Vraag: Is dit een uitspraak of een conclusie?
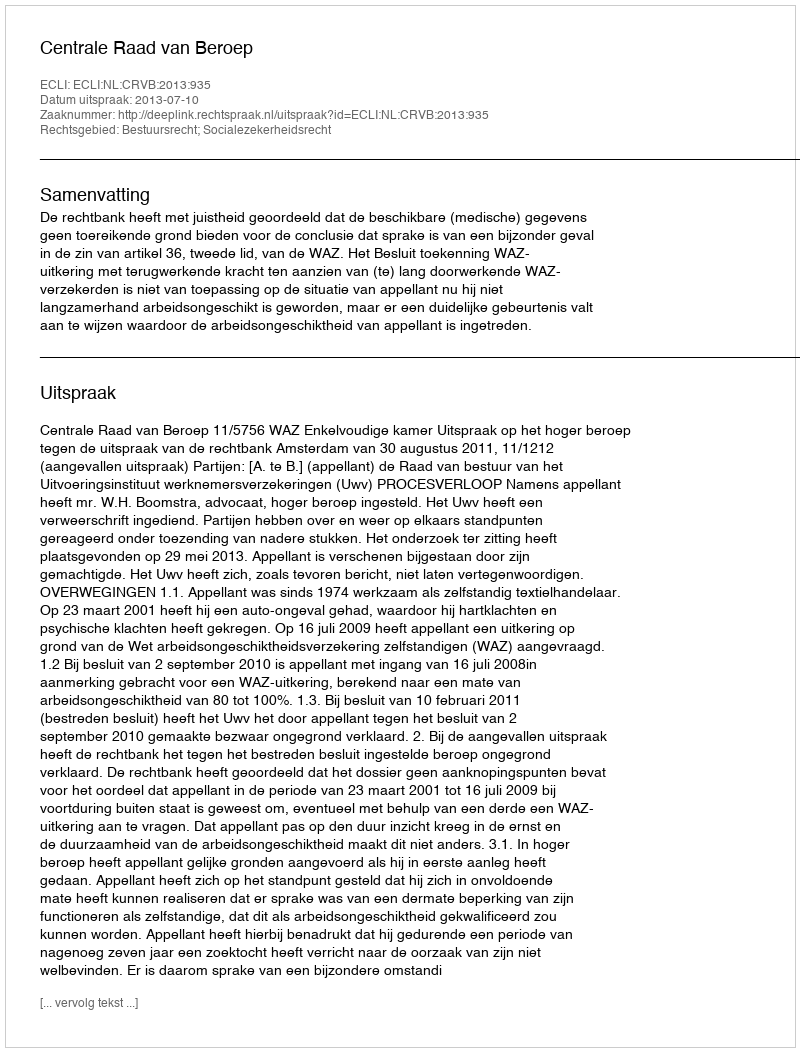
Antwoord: Uitspraak